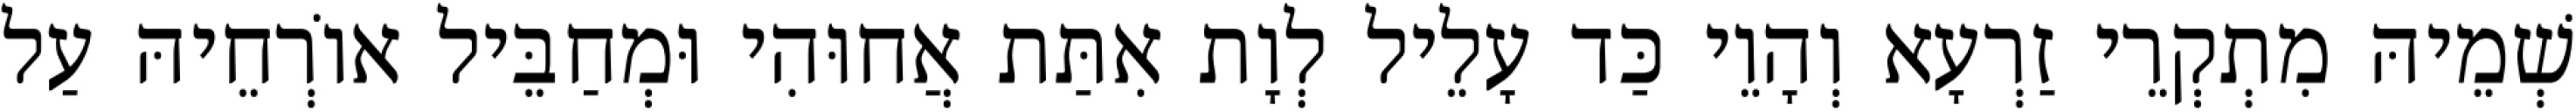
שְׁמֵיהּ מִתְקְרֵי זַרְעָא וְהָוֵי כַּד עָלֵיל לְוָת אִתַּת אֲחוּהִי וּמְחַבֵּיל אוֹרְחֵיהּ עַל